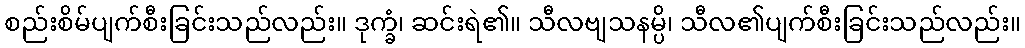
စည်းစိမ်ပျက်စီးခြင်းသည်လည်း။ ဒုက္ခံ၊ ဆင်းရဲ၏။ သီလဗျသနမ္ပိ၊ သီလ၏ပျက်စီးခြင်းသည်လည်း။